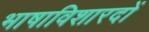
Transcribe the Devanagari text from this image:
भाषाविशारदों